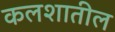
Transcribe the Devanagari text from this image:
कलशातील